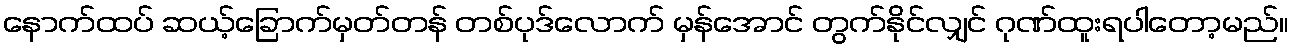
နောက်ထပ် ဆယ့်ခြောက်မှတ်တန် တစ်ပုဒ်လောက် မှန်အောင် တွက်နိုင်လျှင် ဂုဏ်ထူးရပါတော့မည်။